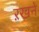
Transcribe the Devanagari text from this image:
ऱखने